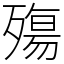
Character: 殤